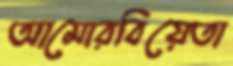
আমোরবিয়েতা